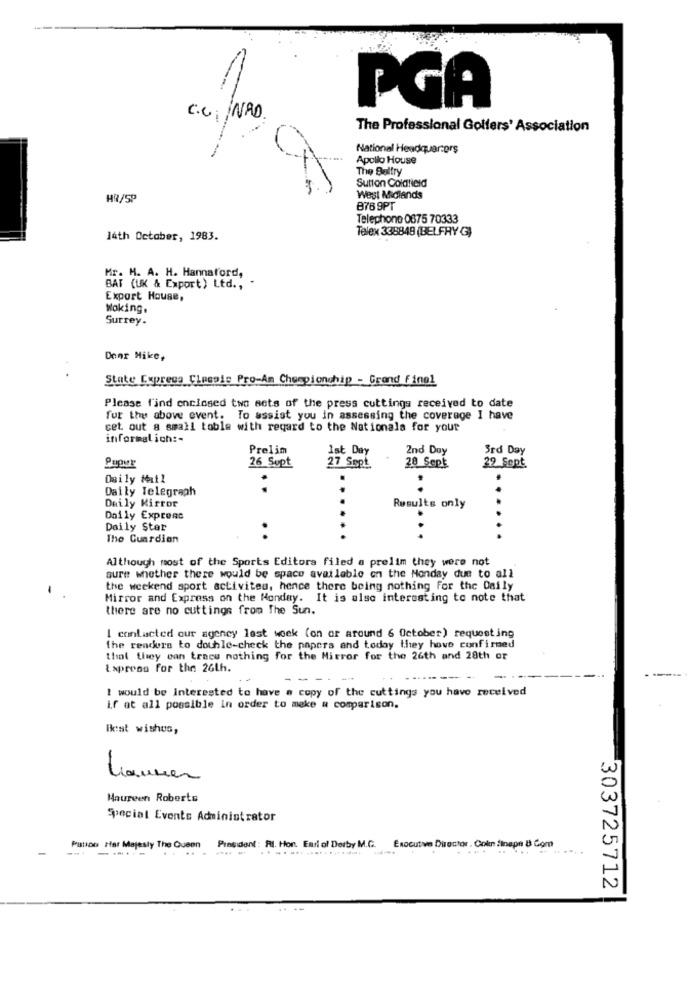
PGA
C.C. /NAD.
The Professional Golfers' Association
National Headquarters
Apollo House
The Baltry
Sutton Coldfield
HR/5P
West Midlands
876 9PT
Telephone 0675 70333
Telex 338848 (BELFRY G)
l4th October, 1983.
Mr. H. A. H. Hannaford,
BAT (UK & Export) Ltd ., .
Export House,
Woking.
Surrey.
Door Mike,
State Express Classis Pro-Am Championship - Grand Final
Please find enclosed two sets of the press cuttings received to date
fur the above event. To assist you in assessing the coverage I have
cet. out a small toble with regard to the Nationala for your
informal ich :-
Prelim
Ist Day
2nd Day
3rd Day
26 Supt
29 Sept.
Puour
27 Sept
28 Sept
Daily Mail
Daily Telegraph
Daily Mirror
Results only
Daily Express
Daily Ster
The Guardian
Although most of the Sports Editora filed a prelim they were not
sure whether there would be space available on the Monday due to all
the weekend sport activites, hence there being nothing for the Daily
Mirror and Express on the Monday. It is also interesting to note that
there are no cuttings from the Sun.
I contacted our agency last week (on or around 6 October) requesting
the readers to double-check the papers and today they hove confirmed
that they can trace nothing for the Mirror for the 26th and 28th or
Express For the 26th.
..
-- --
------- -
I would be Interested to have a copy of the cuttings you have received
if at all possible in order to make a comparison.
Best wishes,
Lauren
Maureen Roberts
Special Events Administrator
Executive Director . Cokn finepe B Com
Patton Her Majesty The Queen
President : RI. Hon. Earl of Derby M.C.
........
303725712